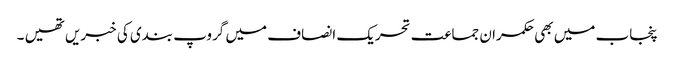
پنجاب میں بھی حکمران جماعت تحریک انصاف میں گروپ بندی کی خبریں تھیں ۔